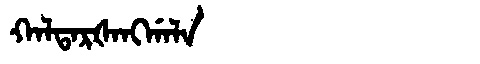
Manchu: ᡴᠠᠯᡨᠠᡵᡧᠠᠩᡤᠠᠯᠠ
Romanization: KALTARŠANGGALA